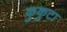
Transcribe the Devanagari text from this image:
कुकुटा